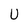
Character: U